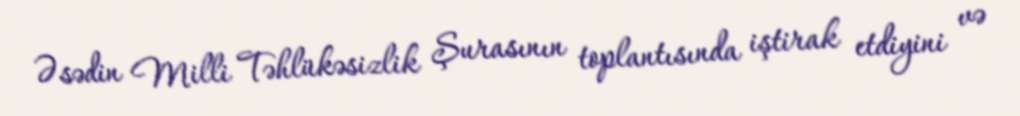
Əsədin Milli Təhlükəsizlik Şurasının toplantısında iştirak etdiyini və